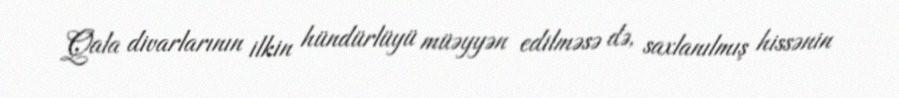
Qala divarlarının ilkin hündürlüyü müəyyən edilməsə də, saxlanılmış hissənin